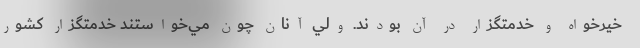
خيرخواه و خدمتگزار در آن بودند. ولي آنان چون مي‌خواستند خدمتگزار كشور